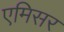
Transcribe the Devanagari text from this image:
एमिसर